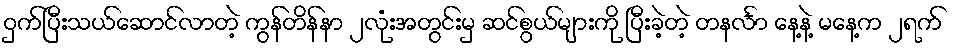
ဝှက်ပြီးသယ်ဆောင်လာတဲ့ ကွန်တိန်နာ ၂လုံးအတွင်းမှ ဆင်စွယ်များကို ပြီးခဲ့တဲ့ တနင်္လာ နေ့နဲ့ မနေ့က ၂ရက်